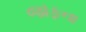
જાફના